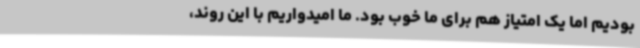
بودیم اما یک امتیاز هم برای ما خوب بود. ما امیدواریم با این روند،